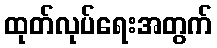
ထုတ်လုပ်ရေးအတွက်